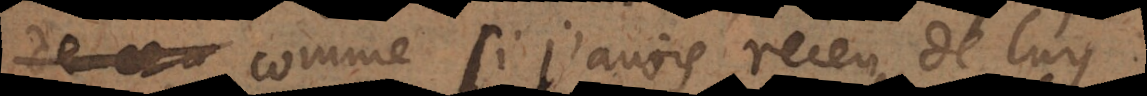
comme si j’avois receu de luy